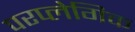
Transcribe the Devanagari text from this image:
परप्लेगिक